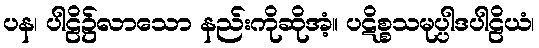
ပန၊ ပါဠိ၌လာသော နည်းကိုဆိုအံ့။ ပဋိစ္စသမုပ္ပါဒပါဠိယံ၊